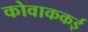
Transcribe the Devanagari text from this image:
कोवाककई